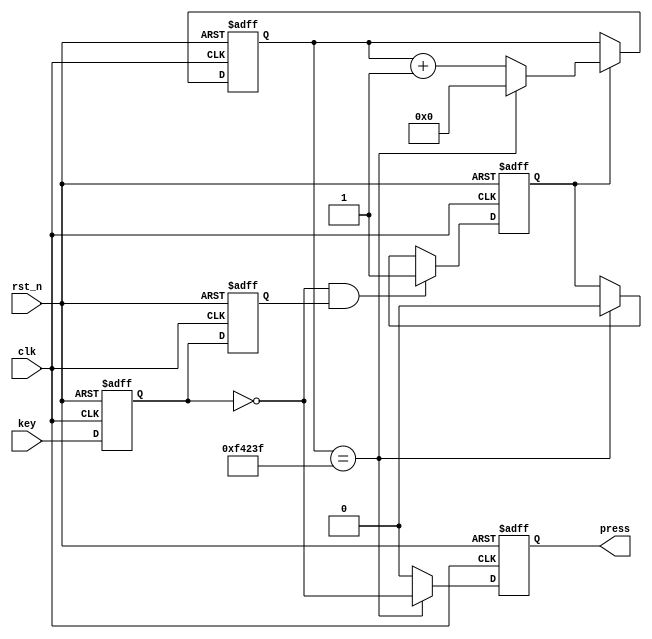
module key_debounce(
		input 	wire		clk		,	//50MHz
		input 	wire		rst_n	,		//
		input 	wire		key		,	//
		output 	reg 		press			//
	);
	


	//
	parameter	DELAY_TIME = 1000_000;	//20ms1000_000
	
	//
	reg				key_r0		;		// 
	reg				key_r1		;		// 
	wire			key_nedge	;		//
	
	reg		[19:0]	delay_cnt	;		//20ms20ms/20ns = 1000_000
	reg				delay_flag	;		//
	
	//
	always @(posedge clk or negedge rst_n) begin
		if(rst_n == 1'b0) begin
			key_r0 <= 1'b1;
			key_r1 <= 1'b1;
		end
		else begin
			key_r0 <= key;
			key_r1 <= key_r0;
		end
	end
	
	assign key_nedge = ~key_r0 & key_r1;	//
	//assign key_pedge = key_r0 & ~key_r1;	//
	
	//delay_cnt 1000_000
	always @(posedge clk or negedge rst_n) begin
		if(!rst_n) begin
			delay_cnt <= 0;
		end
		else if(delay_flag) begin
			//
			if(delay_cnt == DELAY_TIME - 1) begin
				//1000_000
				delay_cnt <= 0;
			end
			else begin
				//
				delay_cnt <= delay_cnt + 1;
			end
		end
	end
	
	//delay_flag
	always @(posedge clk or negedge rst_n) begin
		if(!rst_n) begin
			delay_flag <= 1'b0;
		end
		else if(key_nedge) begin
			// 1
			delay_flag <= 1'b1;
		end
		else if(delay_cnt == DELAY_TIME - 1) begin
			/*
			1000_000
			 0
			
			*/
			delay_flag <= 1'b0;
		end
	end
	
	//press
	always @(posedge clk or negedge rst_n) begin
		if(!rst_n) begin
			press <= 1'b0;
		end
		else if(delay_cnt == DELAY_TIME - 1) begin
			/*
			1000_000
			
			 press = 1
			*/
			press <= ~key_r0;
		end
		else begin
			/*
			1000_000
			 press = 0
			*/
			press <= 1'b0;
		end
	end

endmodule